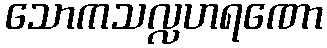
သောကသလ္လဟရဏော